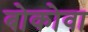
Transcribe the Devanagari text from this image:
बोकोवा